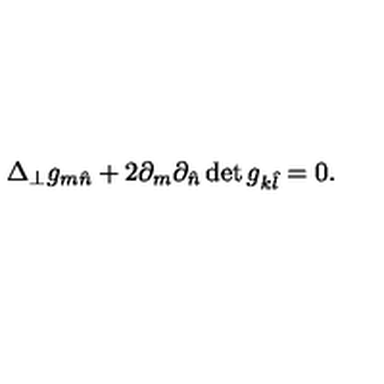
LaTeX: \Delta _ { \perp } g _ { m \hat { n } } + 2 \partial _ { m } \partial _ { \hat { n } } \det g _ { k \hat { l } } = 0 .